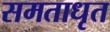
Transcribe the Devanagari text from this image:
समताधृत